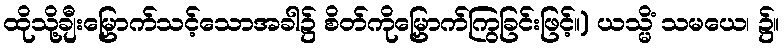
ထိုသို့ချီးမြှောက်သင့်သောအခါ၌ စိတ်ကိုမြှောက်ကြွခြင်းဖြင့်။) ယသ္မိံ သမယေ၊ ၌။